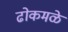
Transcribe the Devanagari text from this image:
ढोकमळे